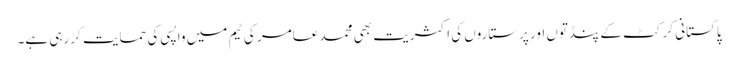
پاکستانی کرکٹ کے پنڈتوں اور پرستاروں کی اکثریت بھی محمد عامر کی ٹیم میں واپسی کی حمایت کر رہی ہے۔